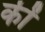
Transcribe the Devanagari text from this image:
की॑